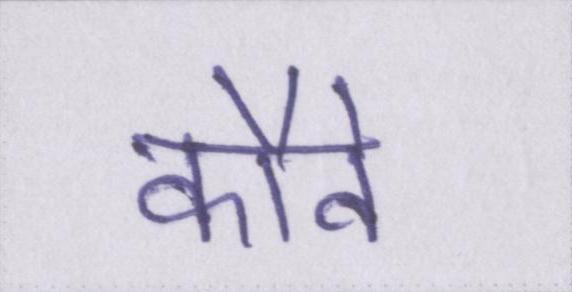
कौवे